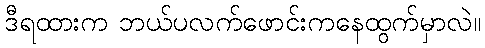
ဒီရထားက ဘယ်ပလက်ဖောင်းကနေထွက်မှာလဲ။